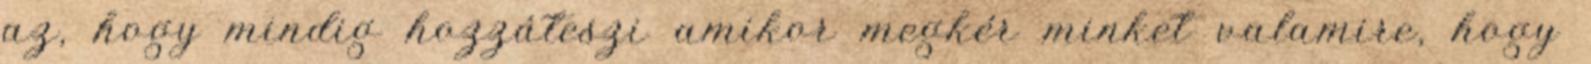
az, hogy mindig hozzáteszi amikor megkér minket valamire, hogy